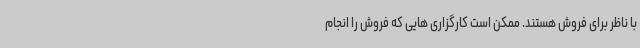
با ناظر برای فروش هستند. ممکن است کارگزاری هایی که فروش را انجام